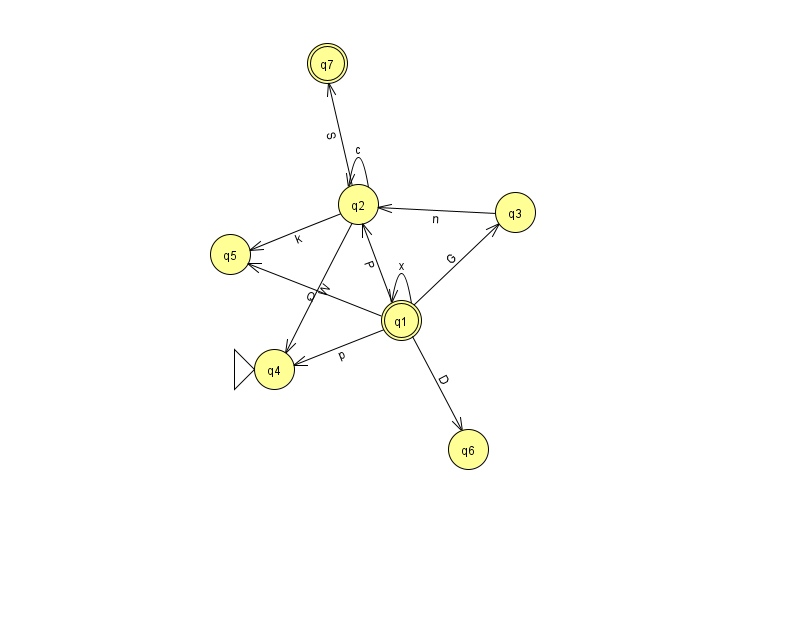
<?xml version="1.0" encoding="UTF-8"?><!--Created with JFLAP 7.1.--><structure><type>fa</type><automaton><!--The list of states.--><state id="1" name="q1"><x>401.0</x><y>307.0</y><final/></state><state id="2" name="q2"><x>358.0</x><y>191.0</y></state><state id="3" name="q3"><x>515.0</x><y>199.0</y></state><state id="4" name="q4"><x>274.0</x><y>356.0</y><initial/></state><state id="5" name="q5"><x>230.0</x><y>241.0</y></state><state id="6" name="q6"><x>468.0</x><y>436.0</y></state><state id="7" name="q7"><x>327.0</x><y>50.0</y><final/></state><!--The list of transitions.--><transition><from>1</from><to>3</to><read>G</read></transition><transition><from>1</from><to>6</to><read>D</read></transition><transition><from>2</from><to>2</to><read>c</read></transition><transition><from>1</from><to>4</to><read>p</read></transition><transition><from>2</from><to>4</to><read>W</read></transition><transition><from>2</from><to>5</to><read>k</read></transition><transition><from>1</from><to>2</to><read>P</read></transition><transition><from>1</from><to>1</to><read>x</read></transition><transition><from>2</from><to>7</to><read>S</read></transition><transition><from>1</from><to>5</to><read>Q</read></transition><transition><from>3</from><to>2</to><read>n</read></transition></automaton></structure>